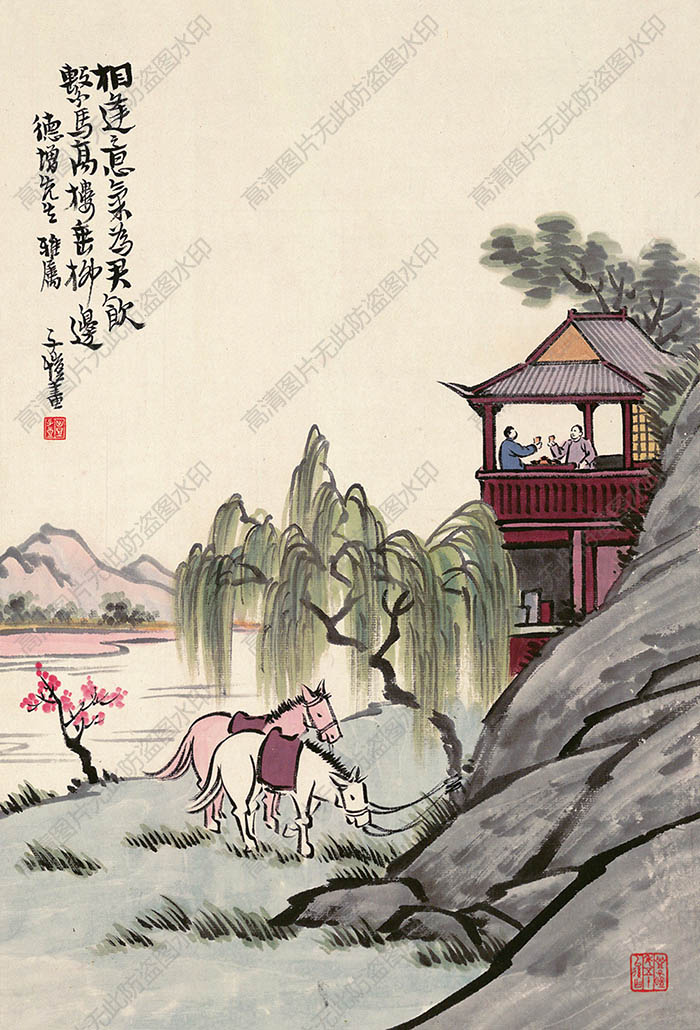
相逢意气为君饮，系马高楼垂柳边。